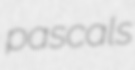
pascals